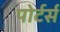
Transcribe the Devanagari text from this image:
पोर्टर्स